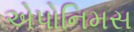
એપોનિમસ